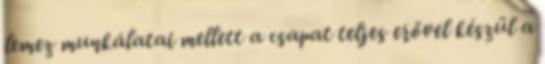
lemez munkálatai mellett a csapat teljes erővel készül a